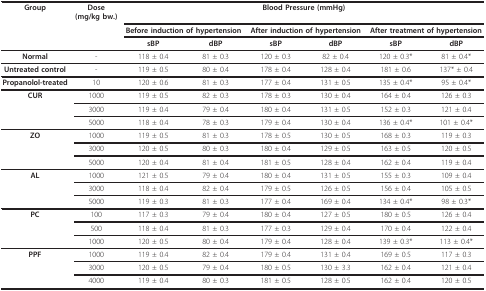
<table><thead><tr><td><b>Group</b></td><td><b>Dose(mg/kg bw.)</b></td><td colspan="6"><b>Blood Pressure (mmHg)</b></td></tr><tr><td></td><td></td><td colspan="2"><b>Before induction of hypertension</b></td><td colspan="2"><b>After induction of hypertension</b></td><td colspan="2"><b>After treatment of hypertension</b></td></tr><tr><td></td><td></td><td><b>sBP</b></td><td><b>dBP</b></td><td><b>sBP</b></td><td><b>dBP</b></td><td><b>sBP</b></td><td><b>dBP</b></td></tr></thead><tbody><tr><td><b>Normal</b></td><td>-</td><td>118 ± 0.4</td><td>81 ± 0.3</td><td>120 ± 0.3</td><td>82 ± 0.4</td><td>120 ± 0.3*</td><td>81 ± 0.4*</td></tr><tr><td><b>Untreated control</b></td><td>-</td><td>119 ± 0.5</td><td>80 ± 0.4</td><td>178 ± 0.4</td><td>128 ± 0.4</td><td>181 ± 0.6</td><td>137* ± 0.4</td></tr><tr><td><b>Propanolol-treated</b></td><td>10</td><td>120 ± 0.6</td><td>81 ± 0.3</td><td>177 ± 0.4</td><td>131 ± 0.5</td><td>135 ± 0.4*</td><td>95 ± 0.4*</td></tr><tr><td><b>CUR</b></td><td>1000</td><td>119 ± 0.5</td><td>82 ± 0.3</td><td>178 ± 0.3</td><td>130 ± 0.4</td><td>164 ± 0.4</td><td>126 ± 0.3</td></tr><tr><td></td><td>3000</td><td>119 ± 0.4</td><td>79 ± 0.4</td><td>180 ± 0.4</td><td>131 ± 0.5</td><td>152 ± 0.3</td><td>121 ± 0.4</td></tr><tr><td></td><td>5000</td><td>118 ± 0.4</td><td>78 ± 0.3</td><td>179 ± 0.4</td><td>130 ± 0.4</td><td>136 ± 0.4*</td><td>101 ± 0.4*</td></tr><tr><td><b>ZO</b></td><td>1000</td><td>119 ± 0.5</td><td>81 ± 0.3</td><td>178 ± 0.5</td><td>130 ± 0.5</td><td>168 ± 0.3</td><td>119 ± 0.3</td></tr><tr><td></td><td>3000</td><td>120 ± 0.5</td><td>80 ± 0.3</td><td>180 ± 0.4</td><td>129 ± 0.5</td><td>163 ± 0.5</td><td>120 ± 0.5</td></tr><tr><td></td><td>5000</td><td>120 ± 0.4</td><td>81 ± 0.4</td><td>181 ± 0.5</td><td>128 ± 0.4</td><td>162 ± 0.4</td><td>119 ± 0.4</td></tr><tr><td><b>AL</b></td><td>1000</td><td>121 ± 0.5</td><td>79 ± 0.4</td><td>180 ± 0.4</td><td>131 ± 0.5</td><td>155 ± 0.3</td><td>109 ± 0.4</td></tr><tr><td></td><td>3000</td><td>118 ± 0.4</td><td>82 ± 0.4</td><td>179 ± 0.5</td><td>126 ± 0.5</td><td>156 ± 0.4</td><td>105 ± 0.5</td></tr><tr><td></td><td>5000</td><td>119 ± 0.3</td><td>81 ± 0.3</td><td>177 ± 0.4</td><td>169 ± 0.4</td><td>134 ± 0.4*</td><td>98 ± 0.3*</td></tr><tr><td><b>PC</b></td><td>100</td><td>117 ± 0.3</td><td>79 ± 0.4</td><td>180 ± 0.4</td><td>127 ± 0.5</td><td>180 ± 0.5</td><td>126 ± 0.4</td></tr><tr><td></td><td>500</td><td>118 ± 0.4</td><td>81 ± 0.3</td><td>177 ± 0.3</td><td>129 ± 0.4</td><td>170 ± 0.4</td><td>122 ± 0.4</td></tr><tr><td></td><td>1000</td><td>120 ± 0.5</td><td>80 ± 0.4</td><td>179 ± 0.4</td><td>128 ± 0.4</td><td>139 ± 0.3*</td><td>113 ± 0.4*</td></tr><tr><td><b>PPF</b></td><td>1000</td><td>119 ± 0.4</td><td>82 ± 0.4</td><td>179 ± 0.4</td><td>131 ± 0.4</td><td>169 ± 0.5</td><td>117 ± 0.3</td></tr><tr><td></td><td>3000</td><td>120 ± 0.5</td><td>79 ± 0.4</td><td>180 ± 0.5</td><td>130 ± 3.3</td><td>162 ± 0.4</td><td>121 ± 0.4</td></tr><tr><td></td><td>4000</td><td>119 ± 0.4</td><td>80 ± 0.3</td><td>181 ± 0.5</td><td>128 ± 0.5</td><td>162 ± 0.4</td><td>120 ± 0.5</td></tr></tbody></table>